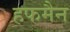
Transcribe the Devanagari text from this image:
हफमैन